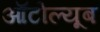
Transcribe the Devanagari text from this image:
ऑटोल्यूब